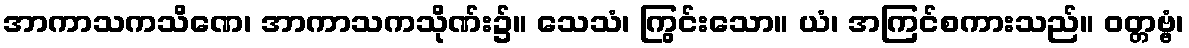
အာကာသကသိဏေ၊ အာကာသကသိုဏ်း၌။ သေသံ၊ ကြွင်းသော။ ယံ၊ အကြင်စကားသည်။ ဝတ္တဗ္ဗံ၊